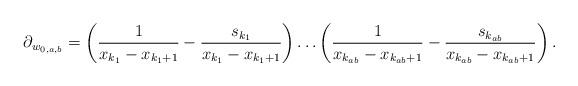
LaTeX: \begin{align*}\partial_{w_{0,a,b}}=\left(\frac{1}{x_{k_1}-x_{k_1+1}}-\frac{s_{k_1}}{x_{k_1}-x_{k_1+1}}\right)\ldots \left(\frac{1}{x_{k_{ab}}-x_{k_{ab}+1}}-\frac{s_{k_{ab}}}{x_{k_{ab}}-x_{k_{ab}+1}}\right).\end{align*}